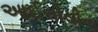
આઈસીસીના